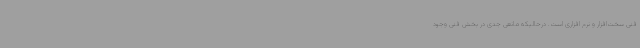
فنی سخت‌افزار و نرم افزاری است. درحالیکه مانعی جدی در بخش فنی وجود